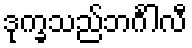
ဒုက္ခသည်ဘင်္ဂါလီ